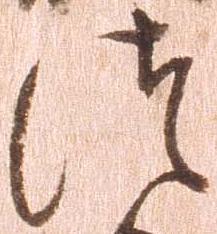
つ